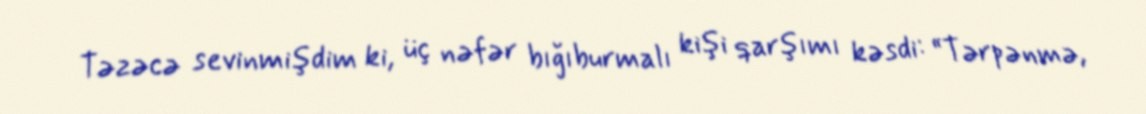
Təzəcə sevinmişdim ki, üç nəfər bığıburmalı kişi qarşımı kəsdi: “Tərpənmə,